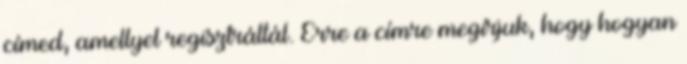
címed, amellyel regisztráltál. Erre a címre megírjuk, hogy hogyan